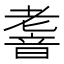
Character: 𮧹